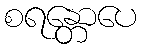
စရန္တောပေ